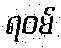
ရဝမ်